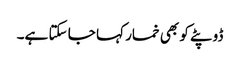
ڈوپٹے کو بھی خمار کہا جا سکتا ہے۔